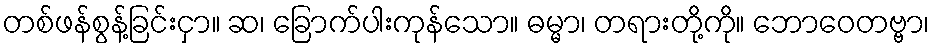
တစ်ဖန်စွန့်ခြင်းငှာ။ ဆ၊ ခြောက်ပါးကုန်သော။ ဓမ္မာ၊ တရားတို့ကို။ ဘောဝေတဗ္ဗာ၊